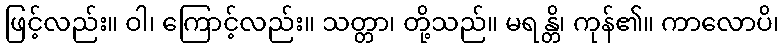
ဖြင့်လည်း။ ဝါ၊ ကြောင့်လည်း။ သတ္တာ၊ တို့သည်။ မရန္တိ၊ ကုန်၏။ ကာလောပိ၊